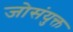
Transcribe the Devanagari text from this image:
जोसंयुक्त